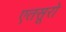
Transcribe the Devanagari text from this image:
एतसूरो